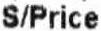
S/PRICE